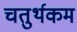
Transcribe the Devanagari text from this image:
चतुर्थकम